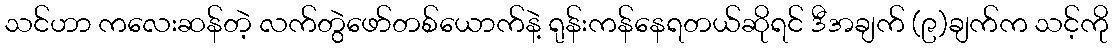
သင်ဟာ ကလေးဆန်တဲ့ လက်တွဲဖော်တစ်ယောက်နဲ့ ရုန်းကန်နေရတယ်ဆိုရင် ဒီအချက် (၉)ချက်က သင့်ကို